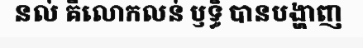
នល់ គឺលោកលន់ ឫទ្ធិ បានបង្ហាញ